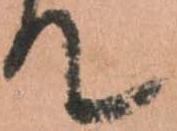
て